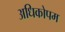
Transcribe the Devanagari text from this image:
अधिकोपम